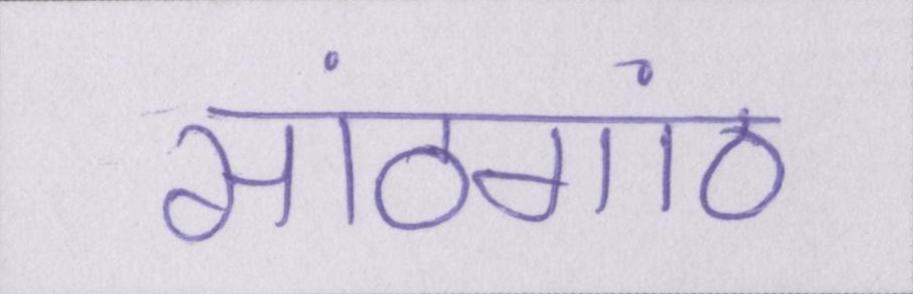
सांठगांठ